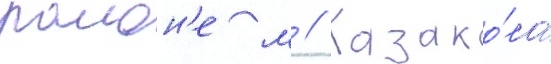
раион'е м // Казако́ва